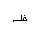
Letter: _za